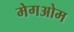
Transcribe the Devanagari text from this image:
मेगओम